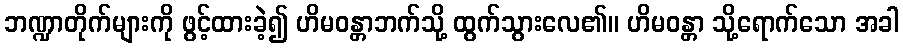
ဘဏ္ဍာတိုက်များကို ဖွင့်ထားခဲ့၍ ဟိမဝန္တာဘက်သို့ ထွက်သွားလေ၏။ ဟိမဝန္တာ သို့ရောက်သော အခါ